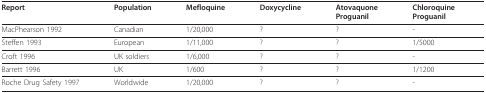
<table><thead><tr><td><b>Report</b></td><td><b>Population</b></td><td><b>Mefloquine</b></td><td><b>Doxycycline</b></td><td><b>AtovaquoneProguanil</b></td><td><b>ChloroquineProguanil</b></td></tr></thead><tbody><tr><td>MacPhearson 1992</td><td>Canadian</td><td>1/20,000</td><td>?</td><td>?</td><td>-</td></tr><tr><td>Steffen 1993</td><td>European</td><td>1/11,000</td><td>?</td><td>?</td><td>1/5000</td></tr><tr><td>Croft 1996</td><td>UK soldiers</td><td>1/6,000</td><td>?</td><td>?</td><td>-</td></tr><tr><td>Barrett 1996</td><td>UK</td><td>1/600</td><td>?</td><td>?</td><td>1/1200</td></tr><tr><td>Roche Drug Safety 1997</td><td>Worldwide</td><td>1/20,000</td><td>?</td><td>?</td><td>-</td></tr></tbody></table>